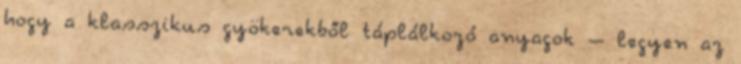
hogy a klasszikus gyökerekből táplálkozó anyagok – legyen az